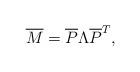
LaTeX: \begin{align*} \overline{M} = \overline{P} \Lambda \overline{P} ^T,\end{align*}